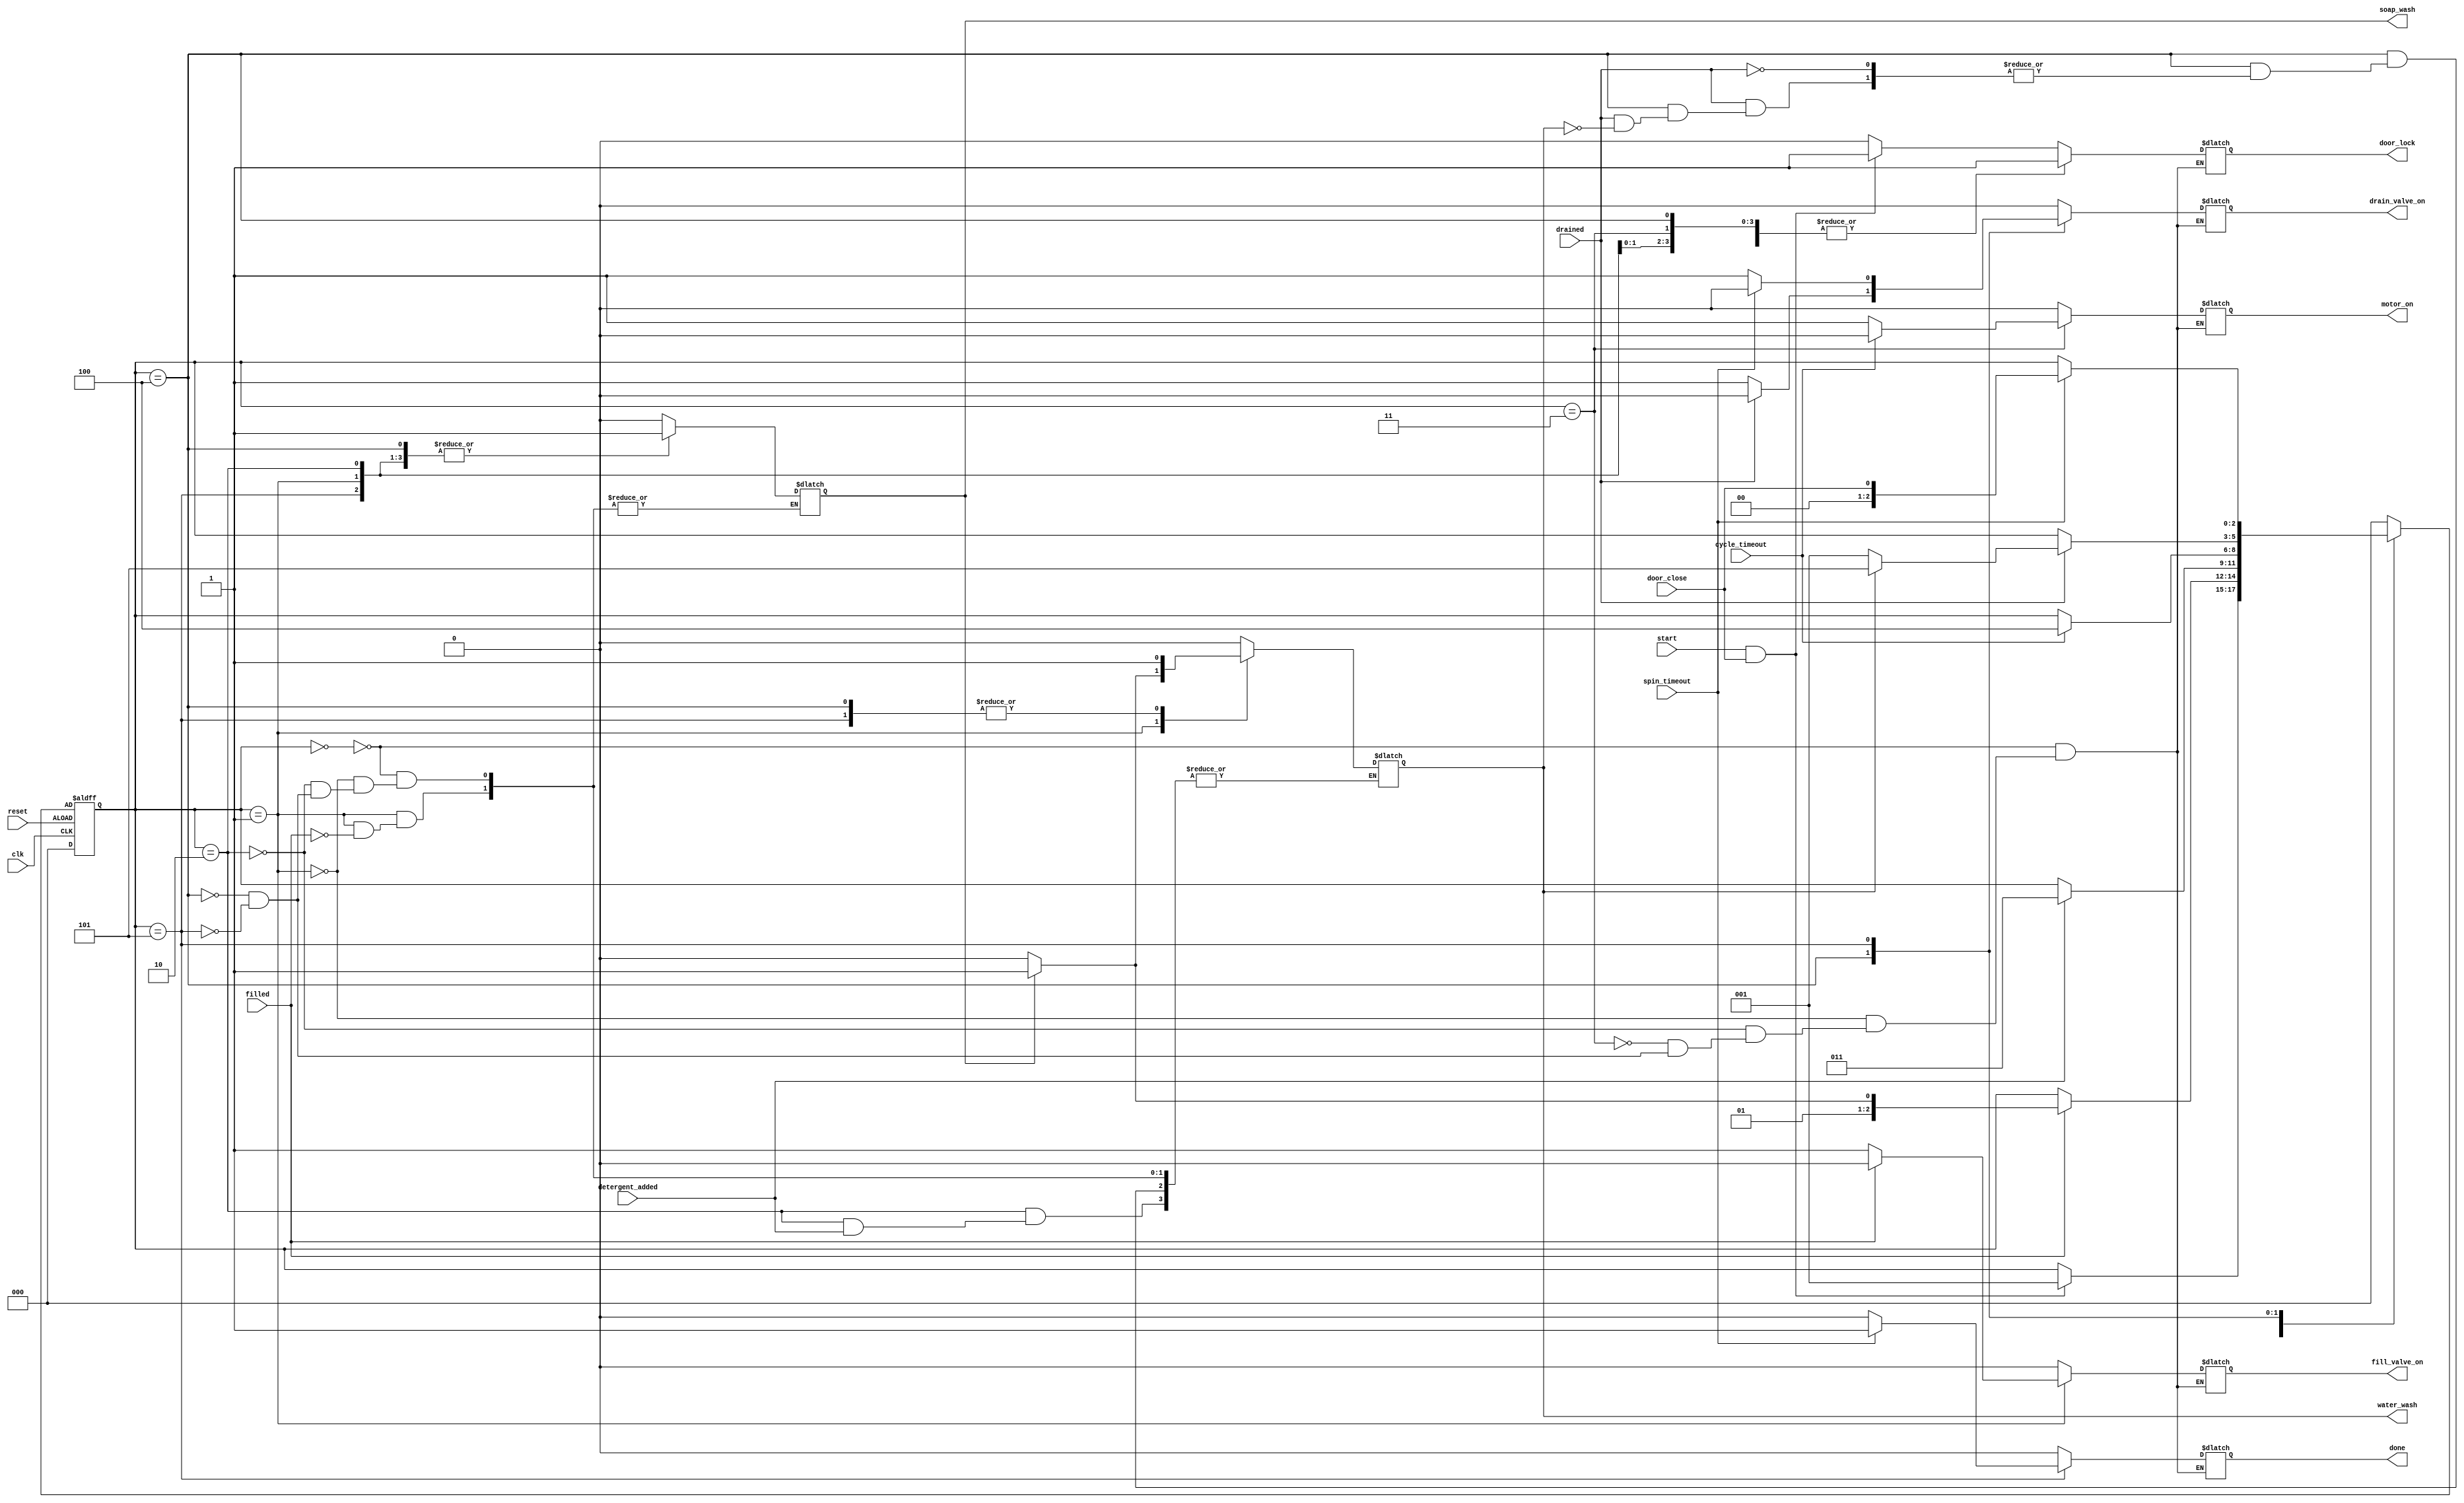
module washing_machine(clk,reset,door_close,start,filled,detergent_added,cycle_timeout,drained,spin_timeout,door_lock,motor_on,fill_valve_on,drain_valve_on,done,soap_wash,water_wash);
input clk,reset,door_close,start,filled,detergent_added,cycle_timeout,drained,spin_timeout;
output reg door_lock,motor_on,fill_valve_on,drain_valve_on,done,soap_wash,water_wash;

//as we have 6states we need three bits needed
parameter check_door=3'b000;
parameter fill_water=3'b001;
parameter add_detergent=3'b010;
parameter cycle=3'b011;
parameter drain_water=3'b100;
parameter spin=3'b101;

reg[2:0] current_state,next_state;

always@(current_state or start or door_close or filled or detergent_added or drained or cycle_timeout or spin_timeout)
begin
case(current_state)
//state 1
check_door:
if(start==1 && door_close==1)
begin
next_state=fill_water;
motor_on=0;
fill_valve_on = 0;
drain_valve_on = 0;
door_lock = 1;
soap_wash = 0;
water_wash = 0;
done = 0;
end
else
begin
next_state = current_state;
motor_on = 0;
fill_valve_on = 0;//used to supply water
drain_valve_on = 0;
door_lock = 0;
soap_wash = 0;
water_wash = 0;
done = 0;
end
//state 2			
fill_water:
if (filled==1)
begin
if(soap_wash == 0)
begin
next_state = add_detergent;//if soap wash is not done we will go to add_detergent state
motor_on = 0;
fill_valve_on = 0;
drain_valve_on = 0;
door_lock = 1;
soap_wash = 1;
water_wash = 0;
done = 0;
end
else
begin
next_state = cycle;//if soap water is done we will directly go to cycle state
motor_on = 0;
fill_valve_on = 0;
drain_valve_on = 0;
door_lock = 1;
soap_wash = 1;
water_wash = 1;
done = 0;
end
end
else
begin
next_state = current_state;//remains in same state fill water //filled=0/fill_valve_on=1
motor_on = 0;
fill_valve_on = 1;
drain_valve_on = 0;
door_lock = 1;
done = 0;
end
//state 3
add_detergent:
if(detergent_added==1)
begin
next_state = cycle;
motor_on = 0;
fill_valve_on = 0;
drain_valve_on = 0;
door_lock = 1;
soap_wash = 1;
done = 0;
end
else
begin
next_state = current_state;
motor_on = 0;
fill_valve_on = 0;
drain_valve_on = 0;
door_lock = 1;
soap_wash = 1;
water_wash = 0;
done = 0;
end
//state 4
cycle:
if(cycle_timeout == 1)
begin
next_state = drain_water;
motor_on = 0;
fill_valve_on = 0;
drain_valve_on = 0;
door_lock = 1;
//soap_wash = 1;
done = 0;
end
else
begin
next_state = current_state;
motor_on = 1;
fill_valve_on = 0;
drain_valve_on = 0;
door_lock = 1;
//soap_wash = 1;
done = 0;
end
//state 5
drain_water:
if(drained==1)
begin
if(water_wash==0)
begin
next_state = fill_water;
motor_on = 0;
fill_valve_on = 0;
drain_valve_on = 0;
door_lock = 1;
soap_wash = 1;
//water_wash = 1;
done = 0;
end
else
begin
next_state = spin;
motor_on = 0;
fill_valve_on = 0;
drain_valve_on = 0;
door_lock = 1;
soap_wash = 1;
water_wash = 1;
done = 0;
end
end
else
begin
next_state = current_state;
motor_on = 0;
fill_valve_on = 0;
drain_valve_on = 1;
door_lock = 1;
soap_wash = 1;
//water_wash = 1;
done = 0;
end
//state 6
spin:
if(spin_timeout==1)
begin
next_state = door_close;
motor_on = 0;
fill_valve_on = 0;
drain_valve_on = 0;
door_lock = 1;
soap_wash = 1;
water_wash = 1;
done = 1;
end
else
begin
next_state = current_state;
motor_on = 0;
fill_valve_on = 0;
drain_valve_on = 1;
door_lock = 1;
soap_wash = 1;
water_wash = 1;
done = 0;
end
default:
next_state = check_door;
endcase
end
always@(posedge clk or negedge reset)
begin
if(reset)
begin
current_state<=3'b000;
end
else
begin
current_state<=next_state;
end
end
endmodule